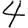
Digit: 4